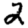
Digit: 2